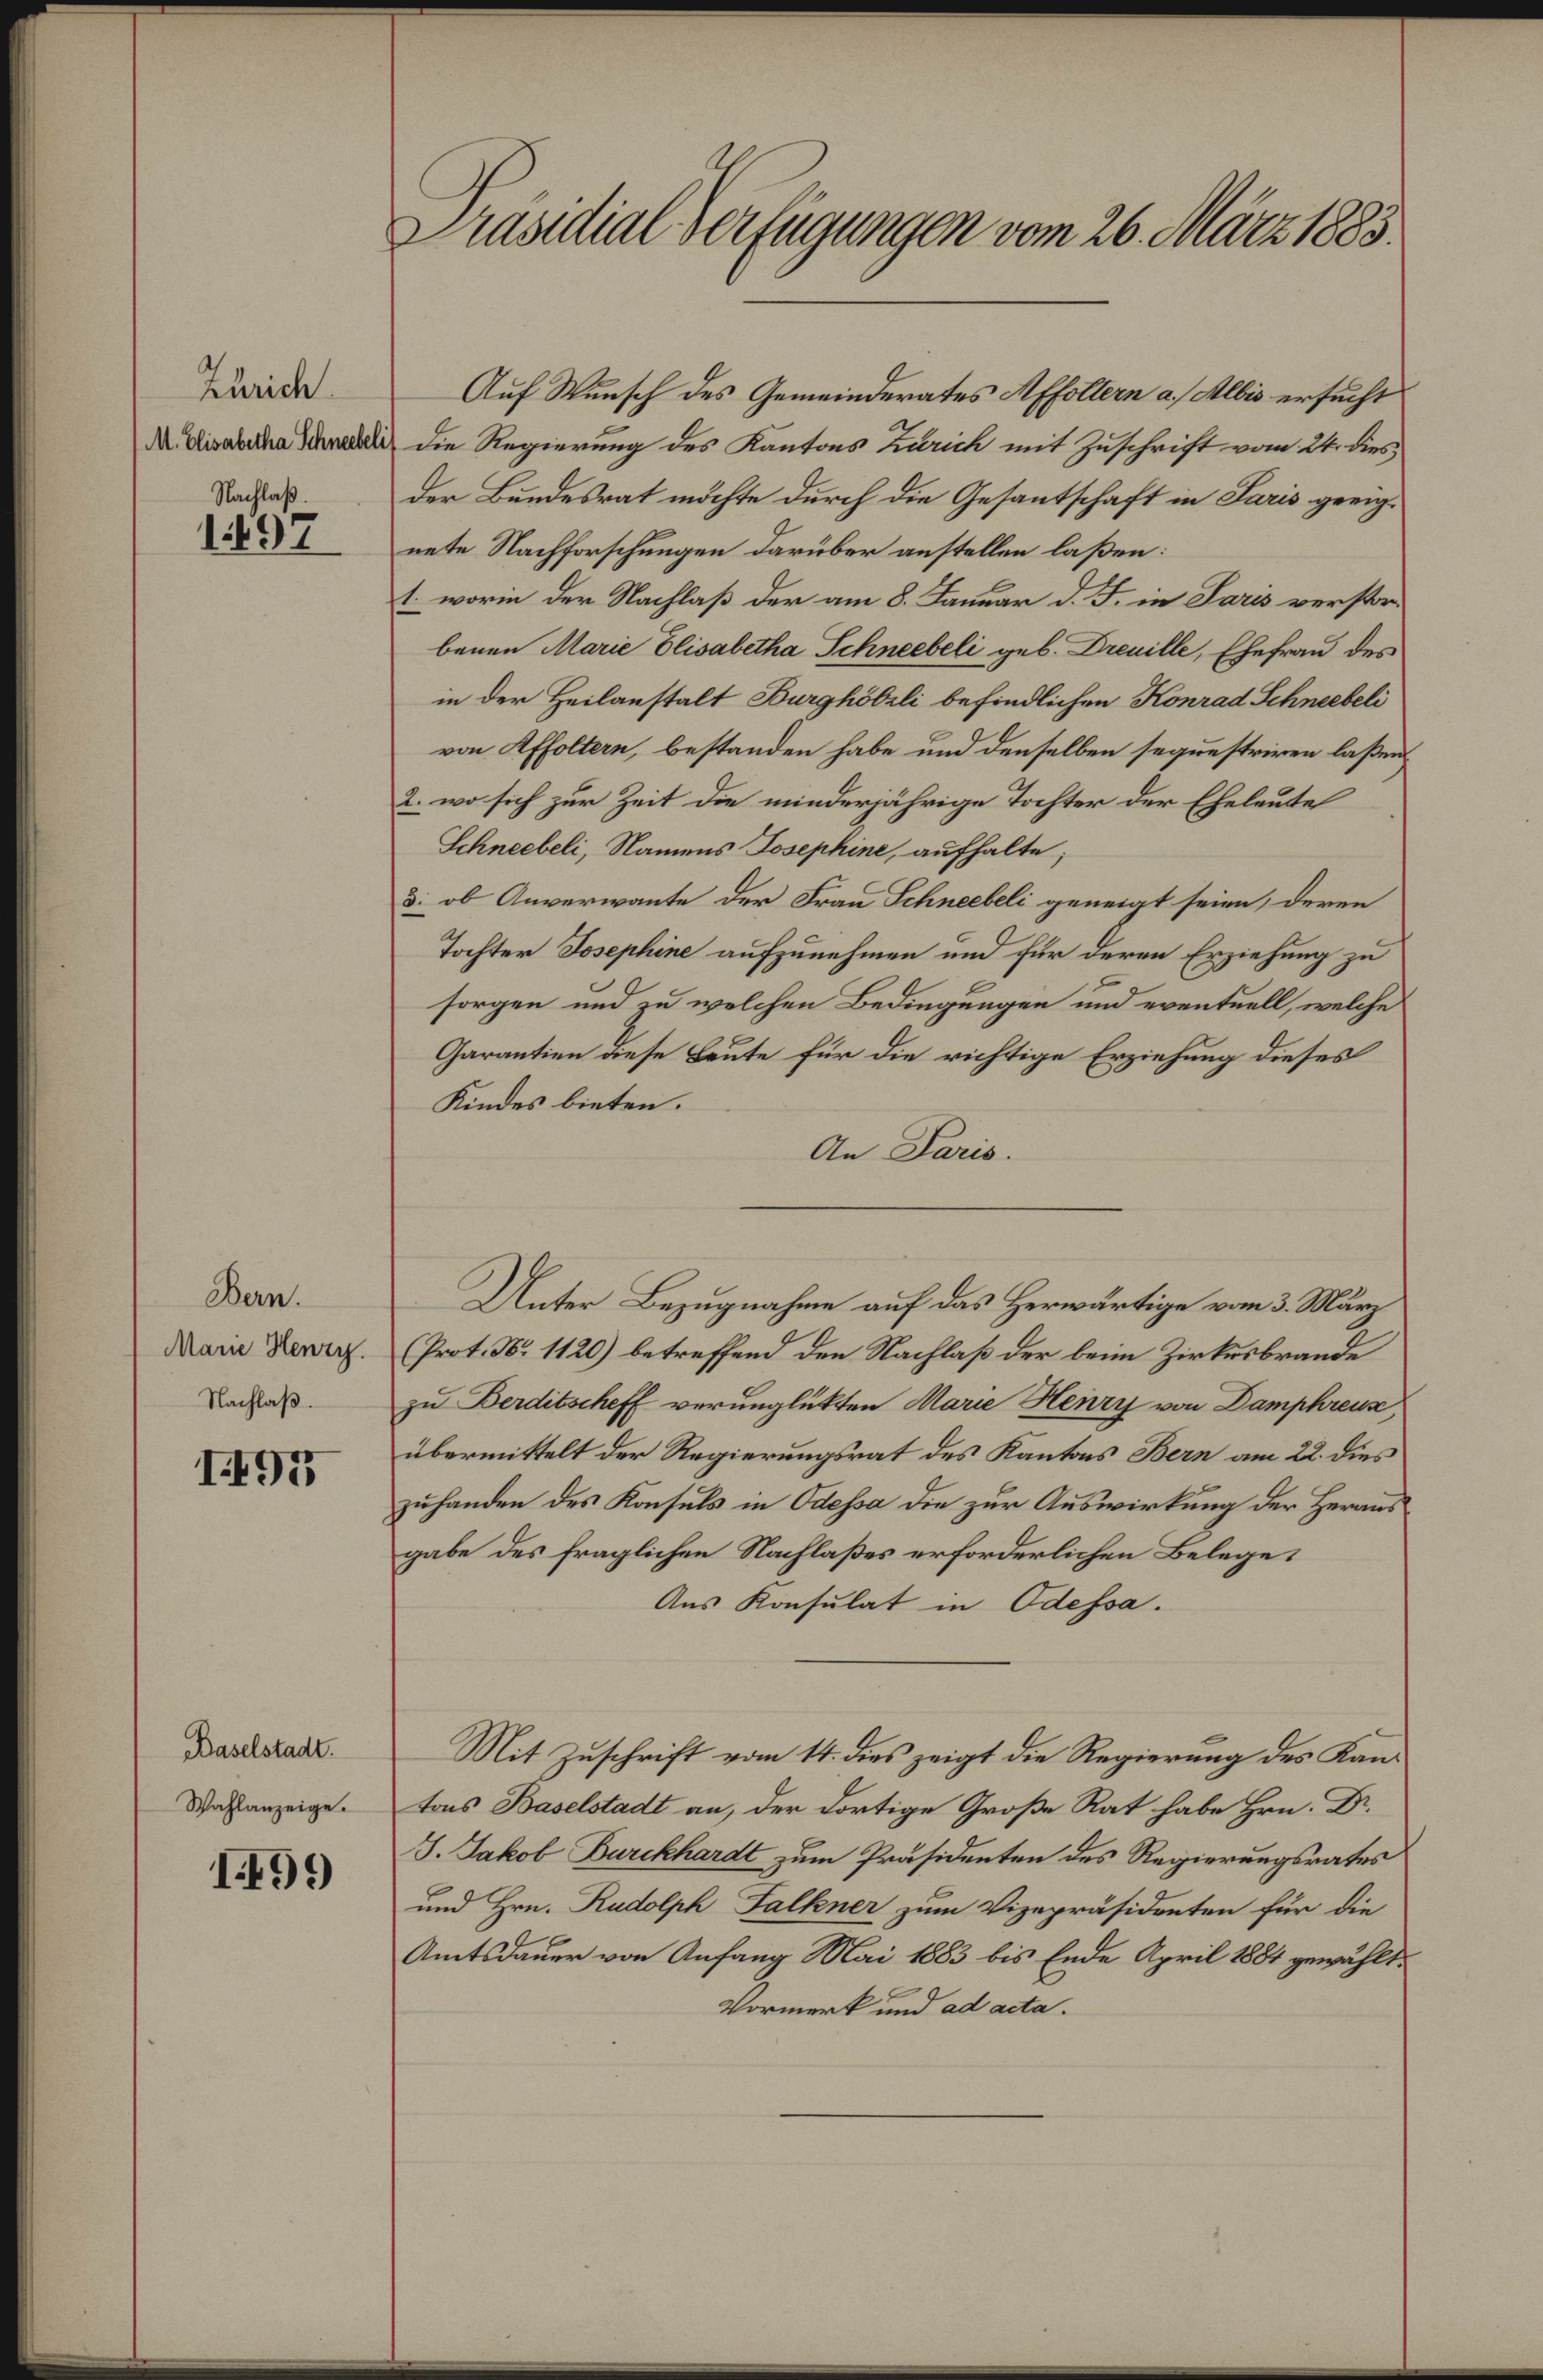
sit eAfugegen n 26. Nr188
 tidt
Au Wnsch des Gemeinderates Sffolln a Mlls ersuchts
I. As ratl die Regrrung des Kantoas eik mit Zuschrift v it der
uas dee Berdesrat dchte durch die Gesantschaft in Kans grnig
002
nete Nachforschungen darüber anstellen laßen:
 wori der Rachlas der am 3 Kuon 8  ir Sari vrrster
benen Kan loabette Scelhneteli geb. Awall, Ehefand der
in der Heilanstalt Bagkiseli befimdlichen Ronmat knabeli
von ffolln, bestanden habe und denselben segunstriren lasen
u. wo sich zur Zeit de minderzährge Tochter der Eheleute
Slneebel, Namens Rosephie, aufhalte,
2. ib Anverwante des Fran kmebel geneigt sein deren
Tochter Soeplin aufpunehmen und fütr deren Esiehung zu
sorgen und zu velchen Bedimgungen und ewentull, velche
Garanten Bese eute für die richtige Erziehung dieses
Kindes binten.
A Fons
an¬
.he Bezugnahn auf des Herwärtige vond.
bie a2 Mär
Aam Renrch.
Prt. 12 betrefend den Nachlas der lein Zrtubrande
Nachtaß
. BDattnlaE verunglütten arn anag von
von apchen
ore  23. di.
übernttelt der Ragierungsrat des Kantes Bnesan
8800
gehanden des Konsuls in Koha die zur Auswirtung der Hrrnns
gabe des fraglichen Nachlaßes erfordrlchen Belege
Aus Konsulat in Ochoa.
Baalstatl
Mit zuschraift vom 4ti¬
ron 14. drs zeigt die Regerung des Kan
IWahlanzeige
tons Bailstalt an, der drtige Große Rat habe Hrn B.
. Sakol Banklatl zdum Präscdunten des Regirrungsrates
8850
und Hrn. Ratosek Sallner zum zeprusdenten für de
Amtldsln n1.
urr von Anfang Mai  bis Ende April 80t zrählts
Vormert und at aide.